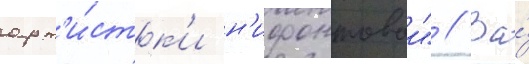
арт'и́стк'и н'ифонтовои" // За́